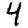
Digit: 4